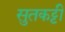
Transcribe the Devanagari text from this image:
सुतकट्टी